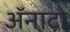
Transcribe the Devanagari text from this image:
ॲनाटो